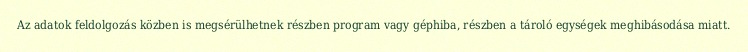
Az adatok feldolgozás közben is megsérülhetnek részben program vagy géphiba, részben a tároló egységek meghibásodása miatt.